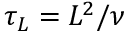
\tau _ { L } = L ^ { 2 } / \nu